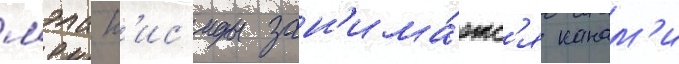
мэла к'ис'иды зан'има́етс'я канам'и